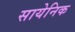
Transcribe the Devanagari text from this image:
सायेनिक